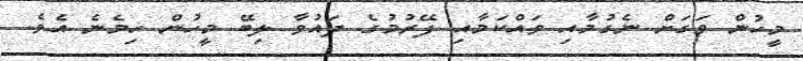
މީހުން ވަގަށް ނެގުމާއި ވައްކަމާއި ފޭރުމުގެ ދައުވާ ލިބޭ މީހުން ހިމެނެ އެވެ.